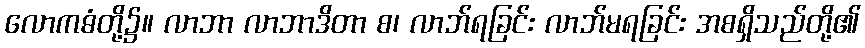
လောကဓံတို့၌။ လာဘာ လာဘာဒိတာ စ၊ လာဘ်ရခြင်း လာဘ်မရခြင်း အစရှိသည်တို့၏